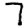
Digit: 7